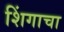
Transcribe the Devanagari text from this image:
शिंगाचा